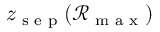
z _ { \textrm { s e p } } ( \mathcal { R } _ { \textrm { m a x } } )